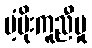
ပံ့ပိုးကူညီမှု